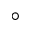
^ \circ